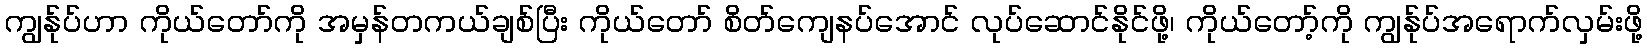
ကျွန်ုပ်ဟာ ကိုယ်တော်ကို အမှန်တကယ်ချစ်ပြီး ကိုယ်တော် စိတ်ကျေနပ်အောင် လုပ်ဆောင်နိုင်ဖို့၊ ကိုယ်တော့်ကို ကျွန်ုပ်အရောက်လှမ်းဖို့